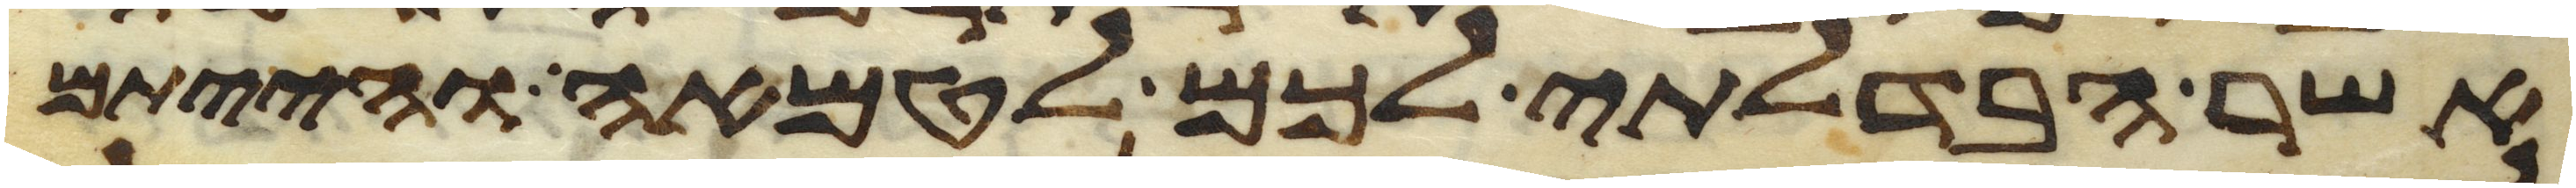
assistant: אשר הבדלתי לכם לטמאה והייתם